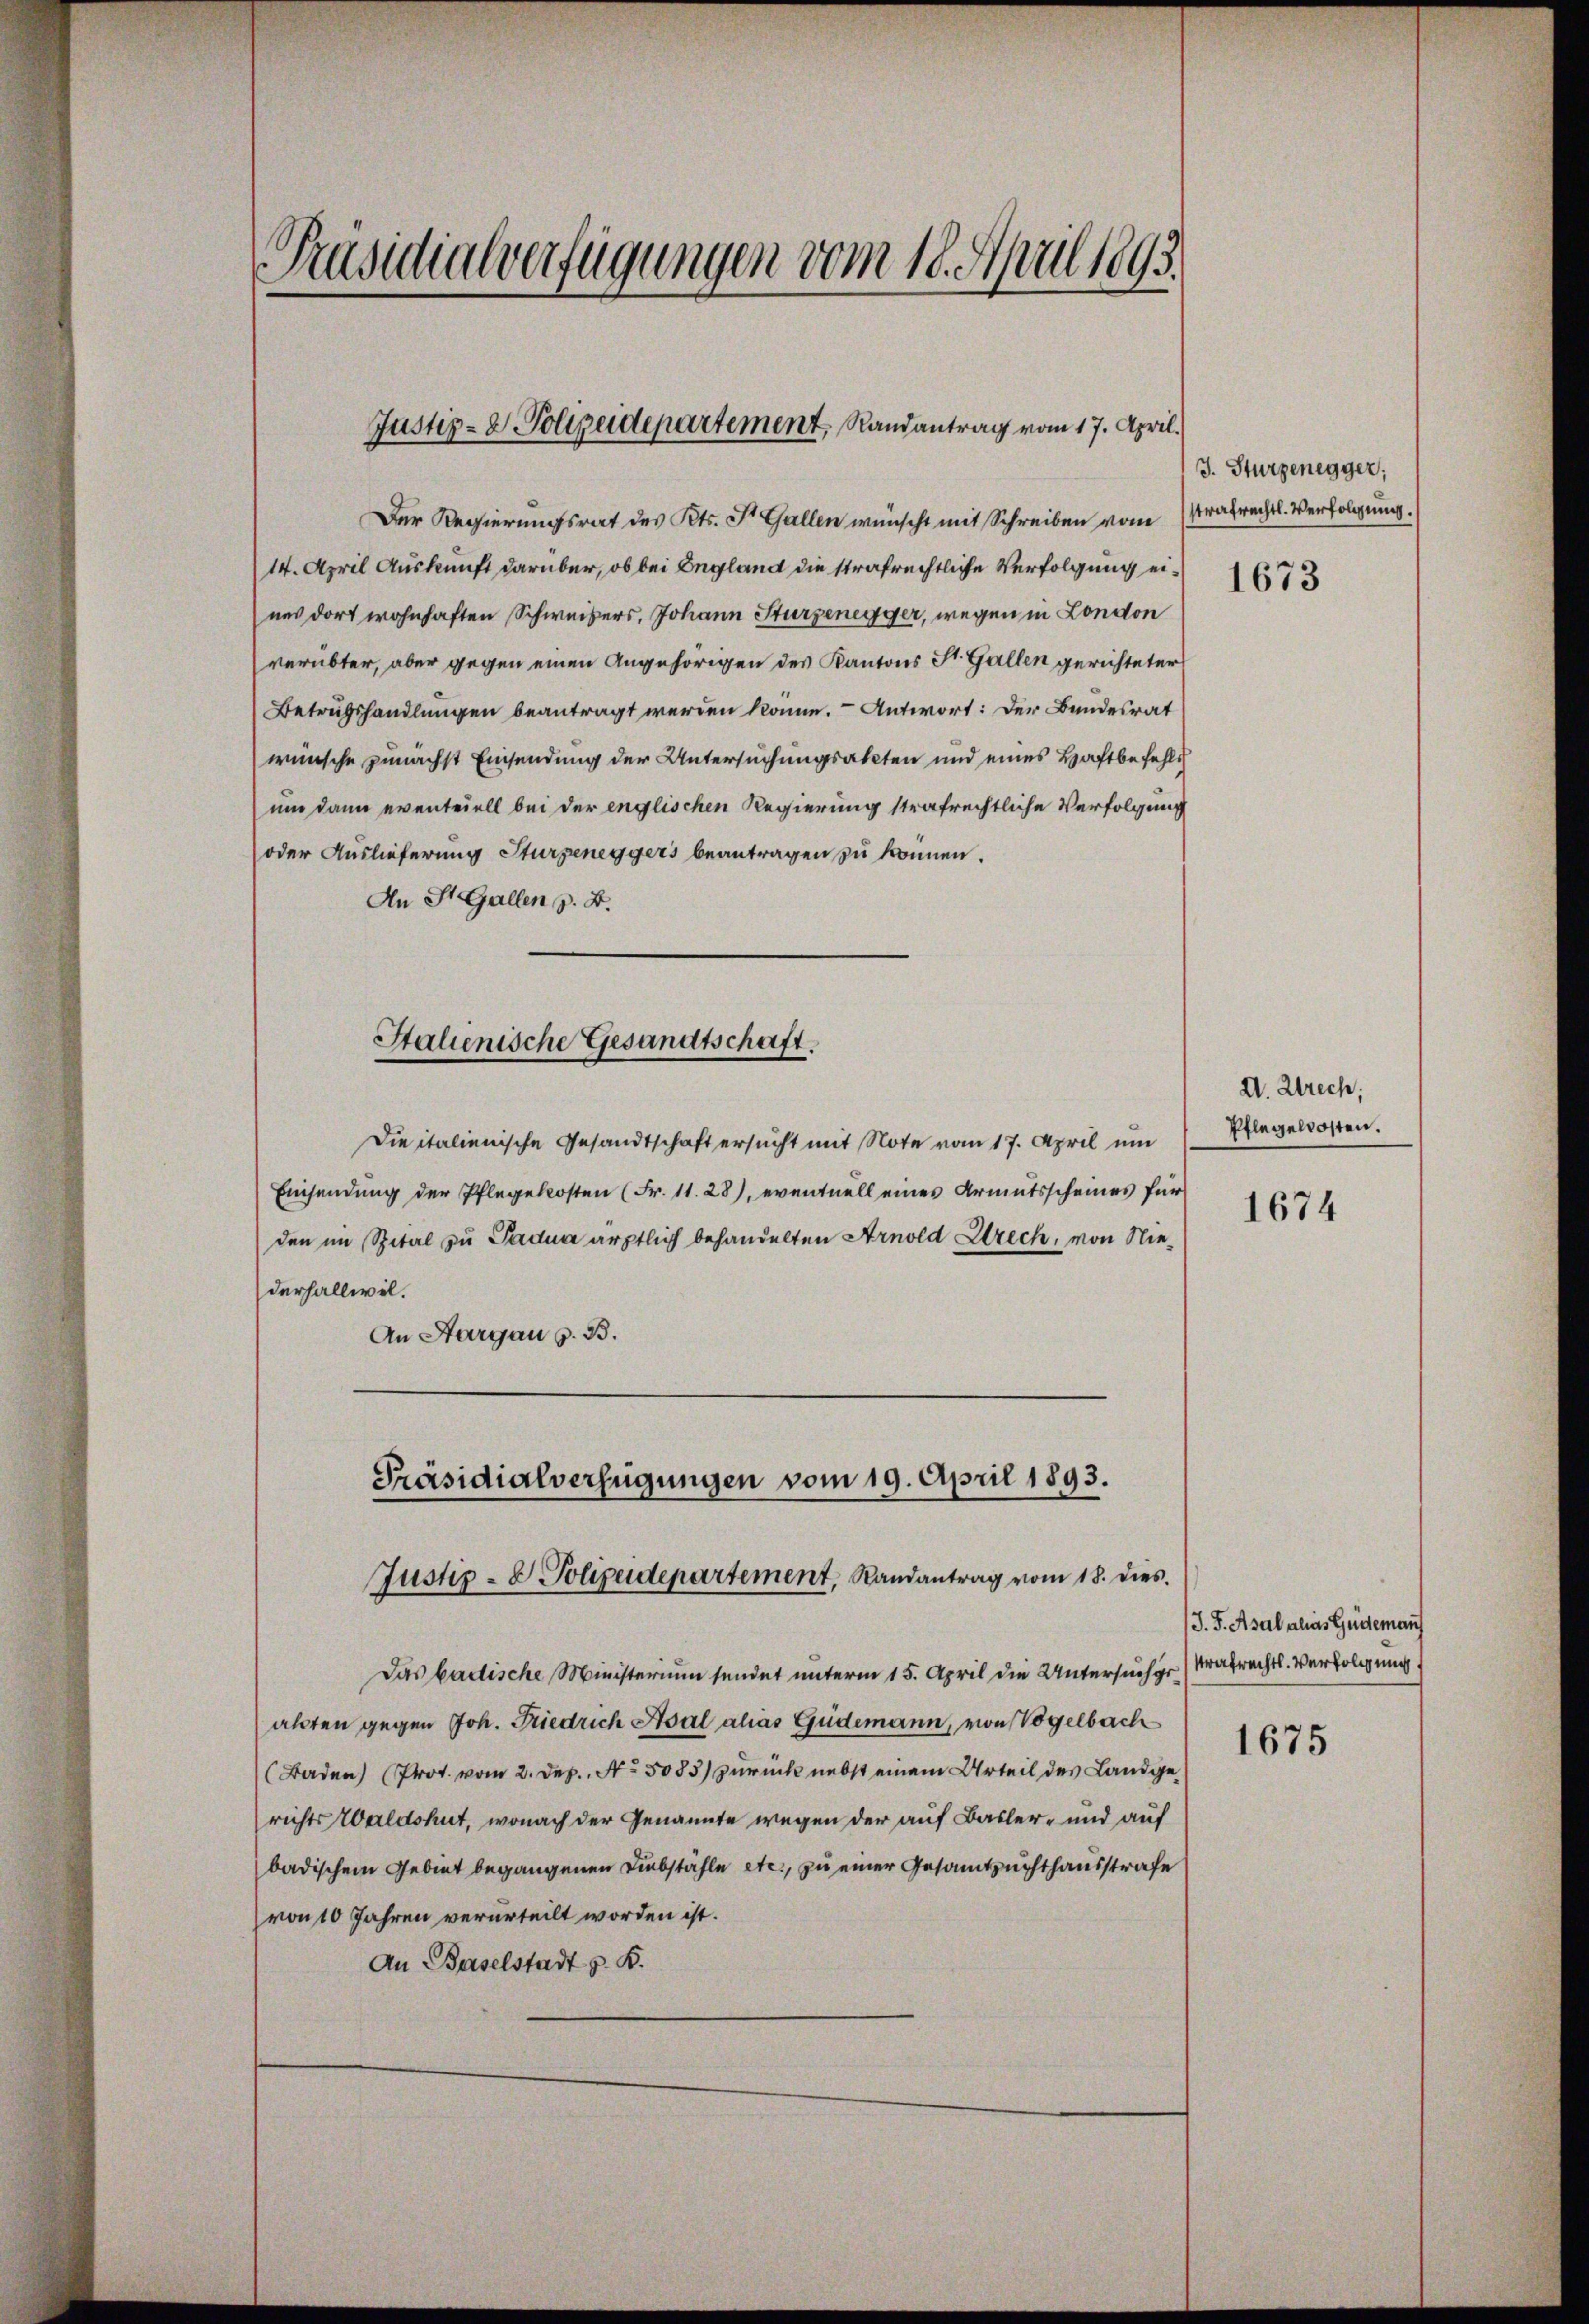
Präsidialverfügungen vom 18. April 1893.

Justiz- & Polizeidepartement, Randantrag vom 17. April.

Der Regierungsrat des Kts. St. Gallen wünscht mit Schreiben vom
14. April Auskunft darüber, ob bei England die strafrechtliche Verfolgung eines dort wohnhaften Schweisers, Johann Sturzenegger, wegen in London
verübter, aber gegen einen Angehörigen des Kantons St. Gallen gerichteter
Betrugshandlungen beantragt werden könne. Antwort: Der Bundesrat
wünsche zunächst Einsendung der Untersuchungsakten und eines Haftbefehle
um dann eventeiell bei der englischen Regierung strafrechtliche Verfolgung
oder Auslieferung Sturzeneggers beantragen zu können.
An St. Gallen z. B.
Italienische Gesandtschaft.
Die italienische Gesandtschaft ersucht mit Note vom 17. April um
Einsendung der Pflegekosten (Fr. 11. 28), eventuell eines Armutsscheines für
den im Spital zu Padua ärztlich behandelten Arnold Strech, von Niederhalbwel¬
An Aargau z. B.
Präsidialverfügungen vom 19. April 1893.

Justiz- & Polizeidepartement, Randantrag vom 18. dies

Das badische Ministerium sendet unterm 15. April die Untersuch ge
allten gegen Joh. Friedrich Adal alias Güdemann, von Vögelbach
(Baden Prot. vom 2. Dez. No. 5083) zurück nebst einem Urteil des Landgerichts Waldshut, wonach der Genannte wegen der auf Basler- und auf
badischem Gebiet begangenen Diebstähle etc., zu einer Gesamtzuchthausstrafe
von 10 Jahren verurteilt worden ist.
An Baselstadt z. B.

J. Sturzenegger;
strafrechts. Verfolgung.
1673

XV. rech,
Pflegelosten.

1674

J.F. Asal alias Gideman
strafrechtl. Verfolgung

1675